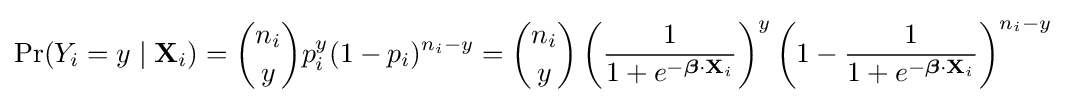
\Pr(Y_{i}=y\mid \mathbf {X} _{i})={n_{i} \choose y}p_{i}^{y}(1-p_{i})^{n_{i}-y}={n_{i} \choose y}\left({\frac {1}{1+e^{-{\boldsymbol {\beta }}\cdot \mathbf {X} _{i}}}}\right)^{y}\left(1-{\frac {1}{1+e^{-{\boldsymbol {\beta }}\cdot \mathbf {X} _{i}}}}\right)^{n_{i}-y}